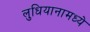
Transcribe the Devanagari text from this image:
लुधियानामध्ये